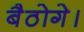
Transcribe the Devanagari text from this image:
बैठोगे।